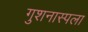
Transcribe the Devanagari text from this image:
गुशनास्पला